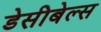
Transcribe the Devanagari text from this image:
डेसीबेल्स